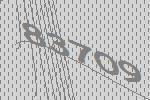
83709